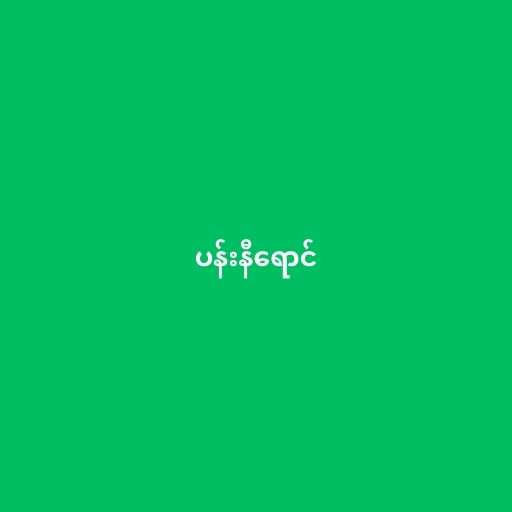
ပန်းနီရောင်